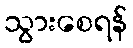
သွားစေရန်